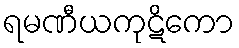
ရမဏီယကုဋိကော